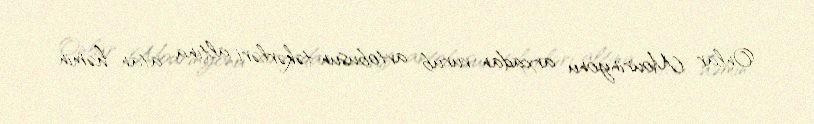
Onlar Mourinyonu arxadan vurub avtobusun təkərləri altına atan həmin